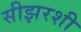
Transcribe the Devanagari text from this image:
सीझरशी